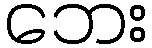
ဘေး